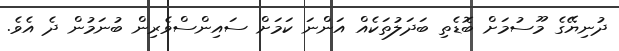
ދުނިޔޭގެ މޫސުމަށް ބޮޑެތި ބަދަލުތަކެއް އަންނަ ކަމަށް ސައިންސްވެރިން ބުނަމުން ދެ އެވެ.